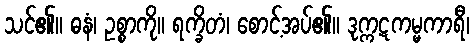
သင်၏။ ဓနံ၊ ဥစ္စာကို။ ရက္ခိတံ၊ စောင့်အပ်၏။ ဒုက္ကဋကမ္မကာရီ၊